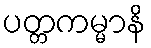
ပတ္တကမ္မာနိ